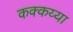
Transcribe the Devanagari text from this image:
कक्कय्या